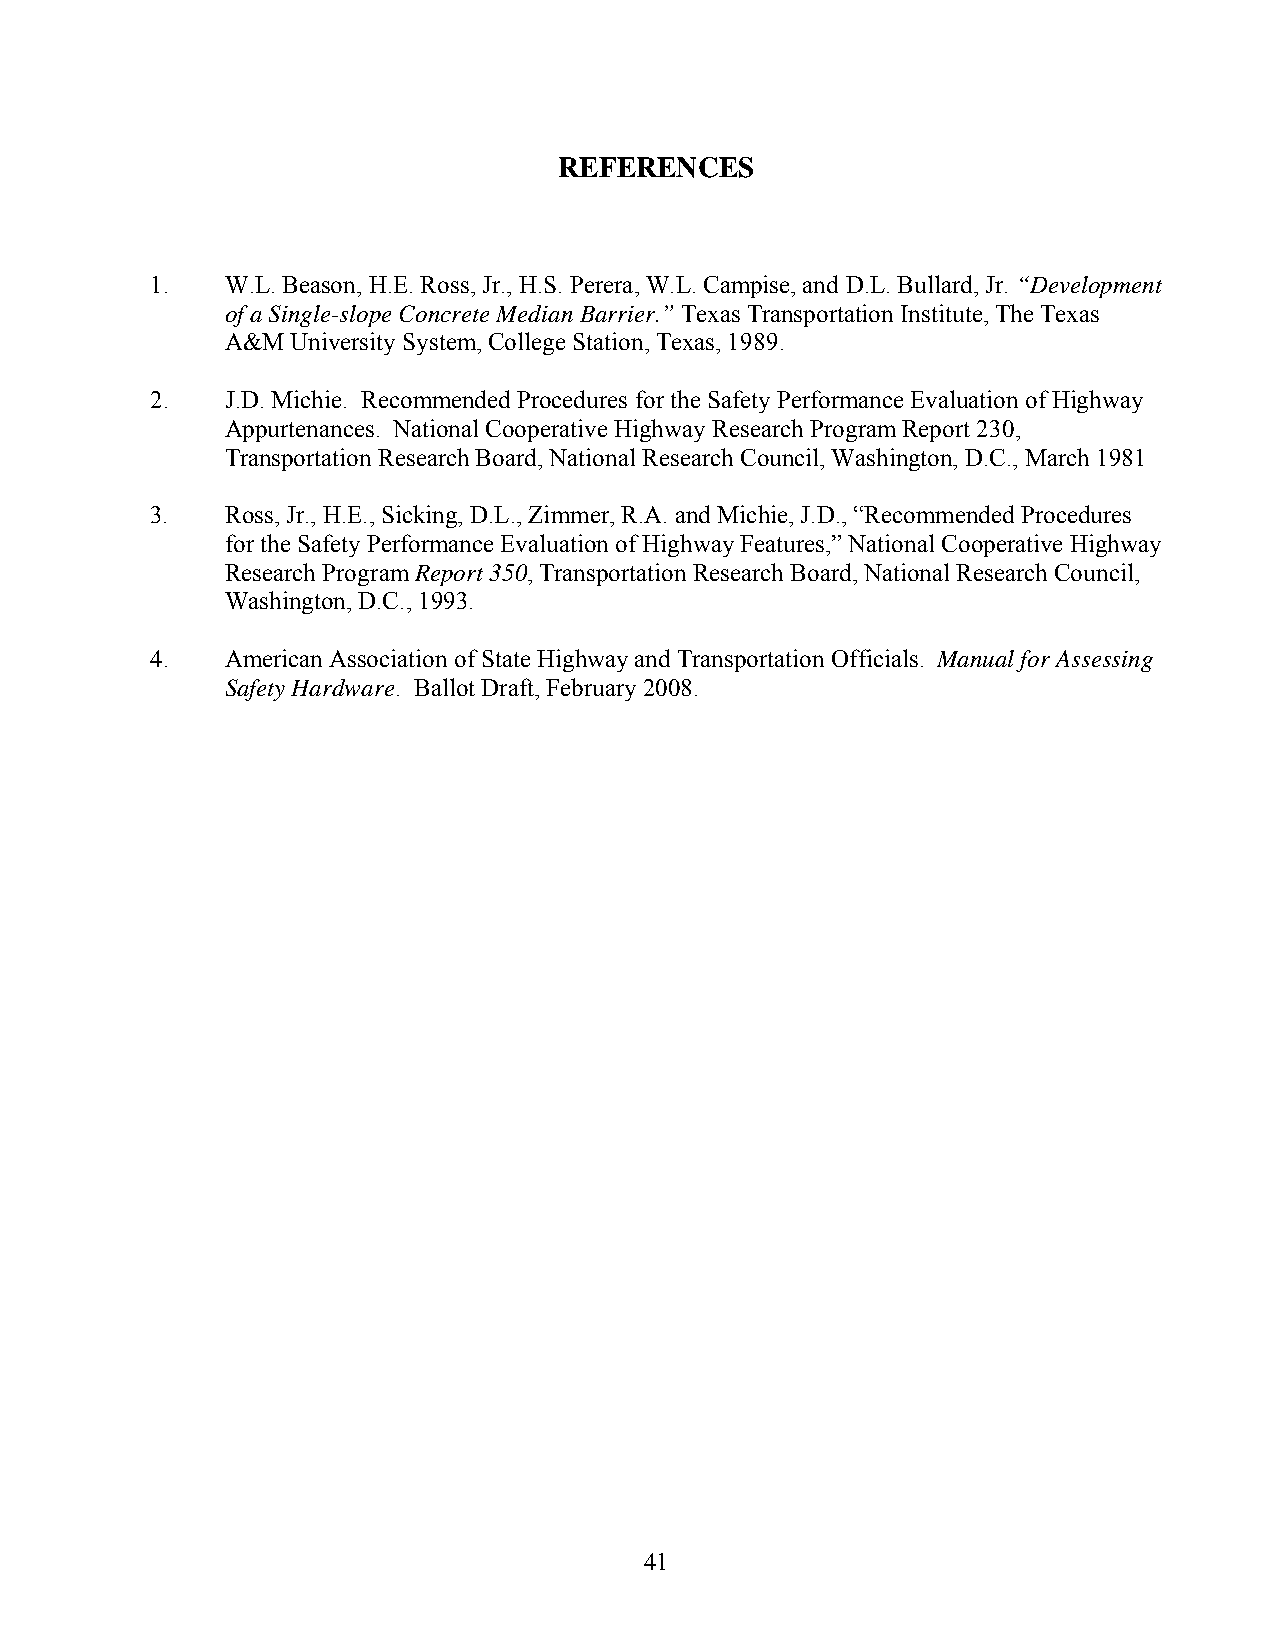
REFERENCES
 1.   W.L. Beason, H.E. Ross, Jr., H.S. Perera, W.L. Campise, and D.L. Bullard, Jr. “Development
 of a Single-slope Concrete Median Barrier.” Texas Transportation Institute, The Texas
 A&M University System, College Station, Texas, 1989.
 2.   J.D. Michie. Recommended Procedures for the Safety Performance Evaluation of Highway
 Appurtenances. National Cooperative Highway Research Program Report 230,
 Transportation Research Board, National Research Council, Washington, D.C., March 1981
 3.   Ross, Jr., H.E., Sicking, D.L., Zimmer, R.A. and Michie, J.D., “Recommended Procedures
 for the Safety Performance Evaluation of Highway Features,” National Cooperative Highway
 Research Program Report 350, Transportation Research Board, National Research Council,
 Washington, D.C., 1993.
 4.   American Association of State Highway and Transportation Officials. Manual for Assessing
 Safety Hardware. Ballot Draft, February 2008.
 41